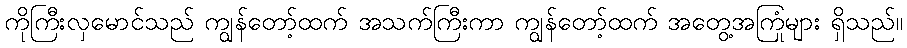
ကိုကြီးလှမောင်သည် ကျွန်တော့်ထက် အသက်ကြီးကာ ကျွန်တော့်ထက် အတွေ့အကြုံများ ရှိသည်။